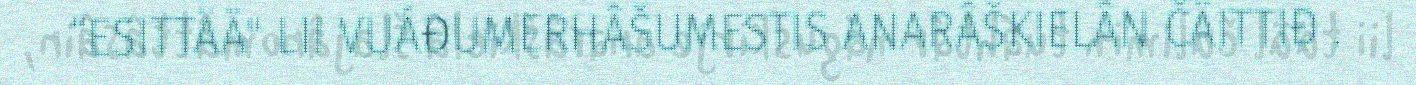
“ESITTÄÄ" LII VUÁĐUMERHÂŠUMESTIS ANARÂŠKIELÂN ČÄITTIĐ .